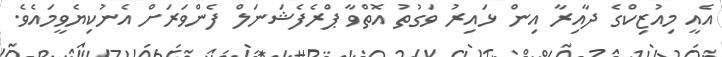
އެއީ މިއުޒިކްގެ ދާއިރާ އިން ޅައިރު ވަގުތު އޮތްވާ ޕްރެފެޝަނަލް ފެންވަރަށް އެނުކިޔެވީމައެވެ.